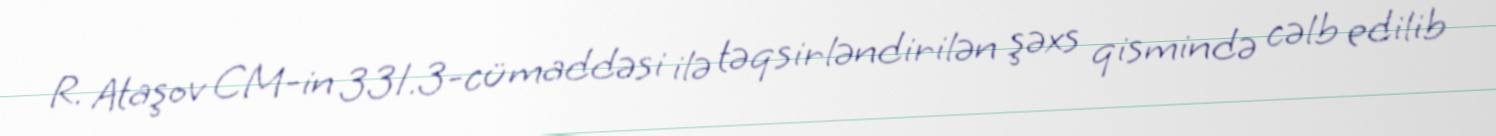
R. Ataşov CM-in 331.3-cü maddəsi ilə təqsirləndirilən şəxs qismində cəlb edilib